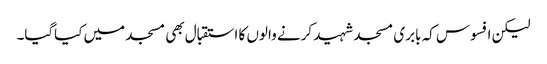
لیکن افسوس کہ بابری مسجد شہید کرنے والوں کا استقبال بھی مسجد میں کیاگیا۔